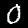
Label: 0